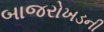
બાજરોખડની